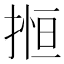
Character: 搄